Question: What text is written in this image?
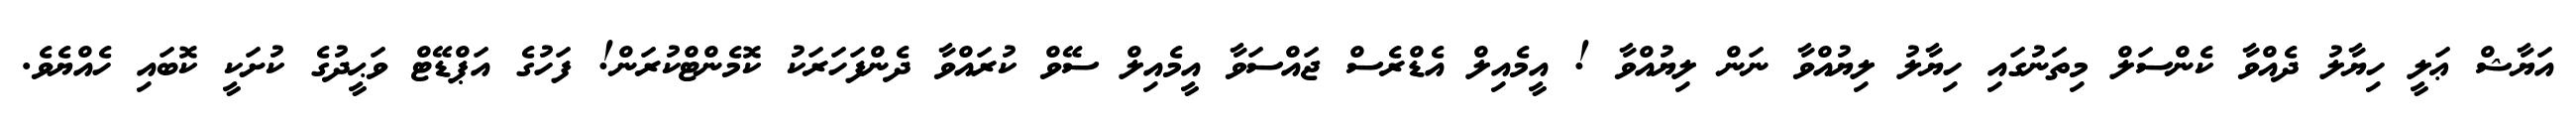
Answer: އަޔާޝް ޢަލީ ހިޔާލު ދެއްވާ ކެންސަލް މިތަނުގައި ހިޔާލު ލިޔުއްވާ ނަން ލިޔުއްވާ ! އީމެއިލް އެޑްރެސް ޖައްސަވާ އީމެއިލް ސޭވް ކުރައްވާ ދެންފަހަރަކު ކޮމެންޓްކުރަން! ފަހުގެ އަޕްޑޭޓް ވަޙީދުގެ ކުށަކީ ކޮބައި ހެއްޔެވެ.